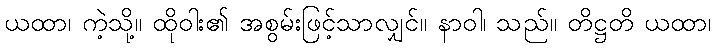
ယထာ၊ ကဲ့သို့။ ထိုဝါး၏ အစွမ်းဖြင့်သာလျှင်။ နာဝါ၊ သည်။ တိဋ္ဌတိ ယထာ၊